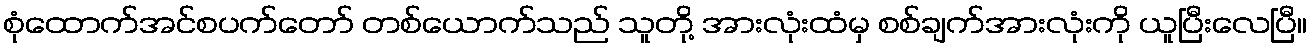
စုံထောက်အင်စပက်တော် တစ်ယောက်သည် သူတို့ အားလုံးထံမှ စစ်ချက်အားလုံးကို ယူပြီးလေပြီ။